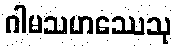
ဂါမသဟဿေသု